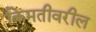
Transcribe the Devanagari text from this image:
किमतीवरील